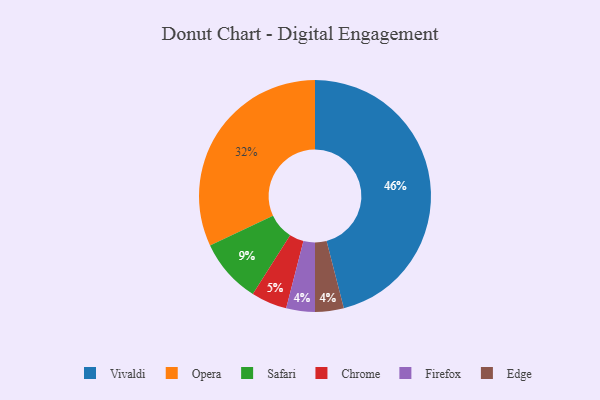
{"axis": {"x": "Category", "y": "Percentage"}, "legend": ["Chrome", "Edge", "Firefox", "Opera", "Safari", "Vivaldi"], "data": [{"x": "Chrome", "y": 5, "type": "Chrome"}, {"x": "Opera", "y": 32, "type": "Opera"}, {"x": "Vivaldi", "y": 46, "type": "Vivaldi"}, {"x": "Firefox", "y": 4, "type": "Firefox"}, {"x": "Safari", "y": 9, "type": "Safari"}, {"x": "Edge", "y": 4, "type": "Edge"}]}